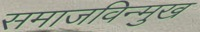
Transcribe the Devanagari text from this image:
समाजविन्मुख